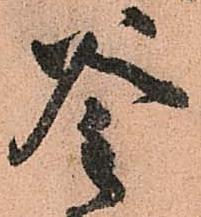
釜